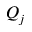
Q _ { j }